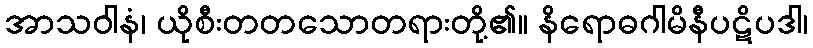
အာသဝါနံ၊ ယိုစီးတတသောတရားတို့၏။ နိရောဓဂါမိနီပဋိပဒါ၊